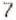
7